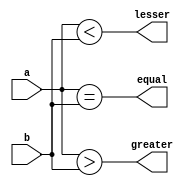
`timescale 1ns / 1ps
//////////////////////////////////////////////////////////////////////////////////
// Company: 
// Engineer: 
// 
// Design Name: 
// Module Name:    N_bit_Comparator_17 
// Project Name: 
// Target Devices: 
// Tool versions: 
// Description: 
//
// Dependencies: 
//
// Revision: 
// Revision 0.01 - File Created
// Additional Comments: 
//
//////////////////////////////////////////////////////////////////////////////////
module N_bit_Comparator_17(a,b,greater,lesser,equal);
parameter N=8;
input[N-1:0]a,b;
output greater,lesser,equal;

assign greater=a>b;

assign lesser=a<b;
assign equal=a==b;


endmodule